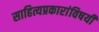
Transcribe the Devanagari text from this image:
साहित्यप्रकारांविषयी